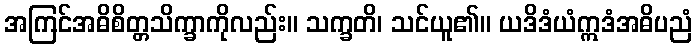
အကြင်အဓိစိတ္တသိက္ခာကိုလည်း။ သက္ခတိ၊ သင်ယူ၏။ ယဒိဒံယံဣဒံအဓိပညံ